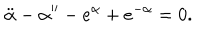
\ddot { \alpha } - \alpha ^ { \prime \prime } - e ^ { \alpha } + e ^ { - \alpha } = 0 .